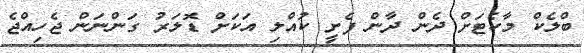
ބްލެކް މާކެޓަށް ދެން ދާން ފެށީ ކުއްލި އަކަށް ޑޮލަރު ގަންނަން ޖެހިއްޖެ